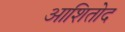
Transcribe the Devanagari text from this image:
आशितोद